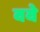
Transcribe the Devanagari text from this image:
ववे